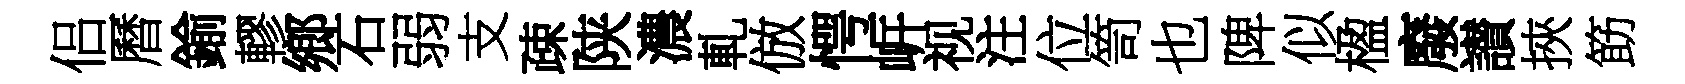
侣曆鍮轇鄉石弱支疎陕濃軋倣愕㟁视注位笥也陴似楹廢讃挾筯